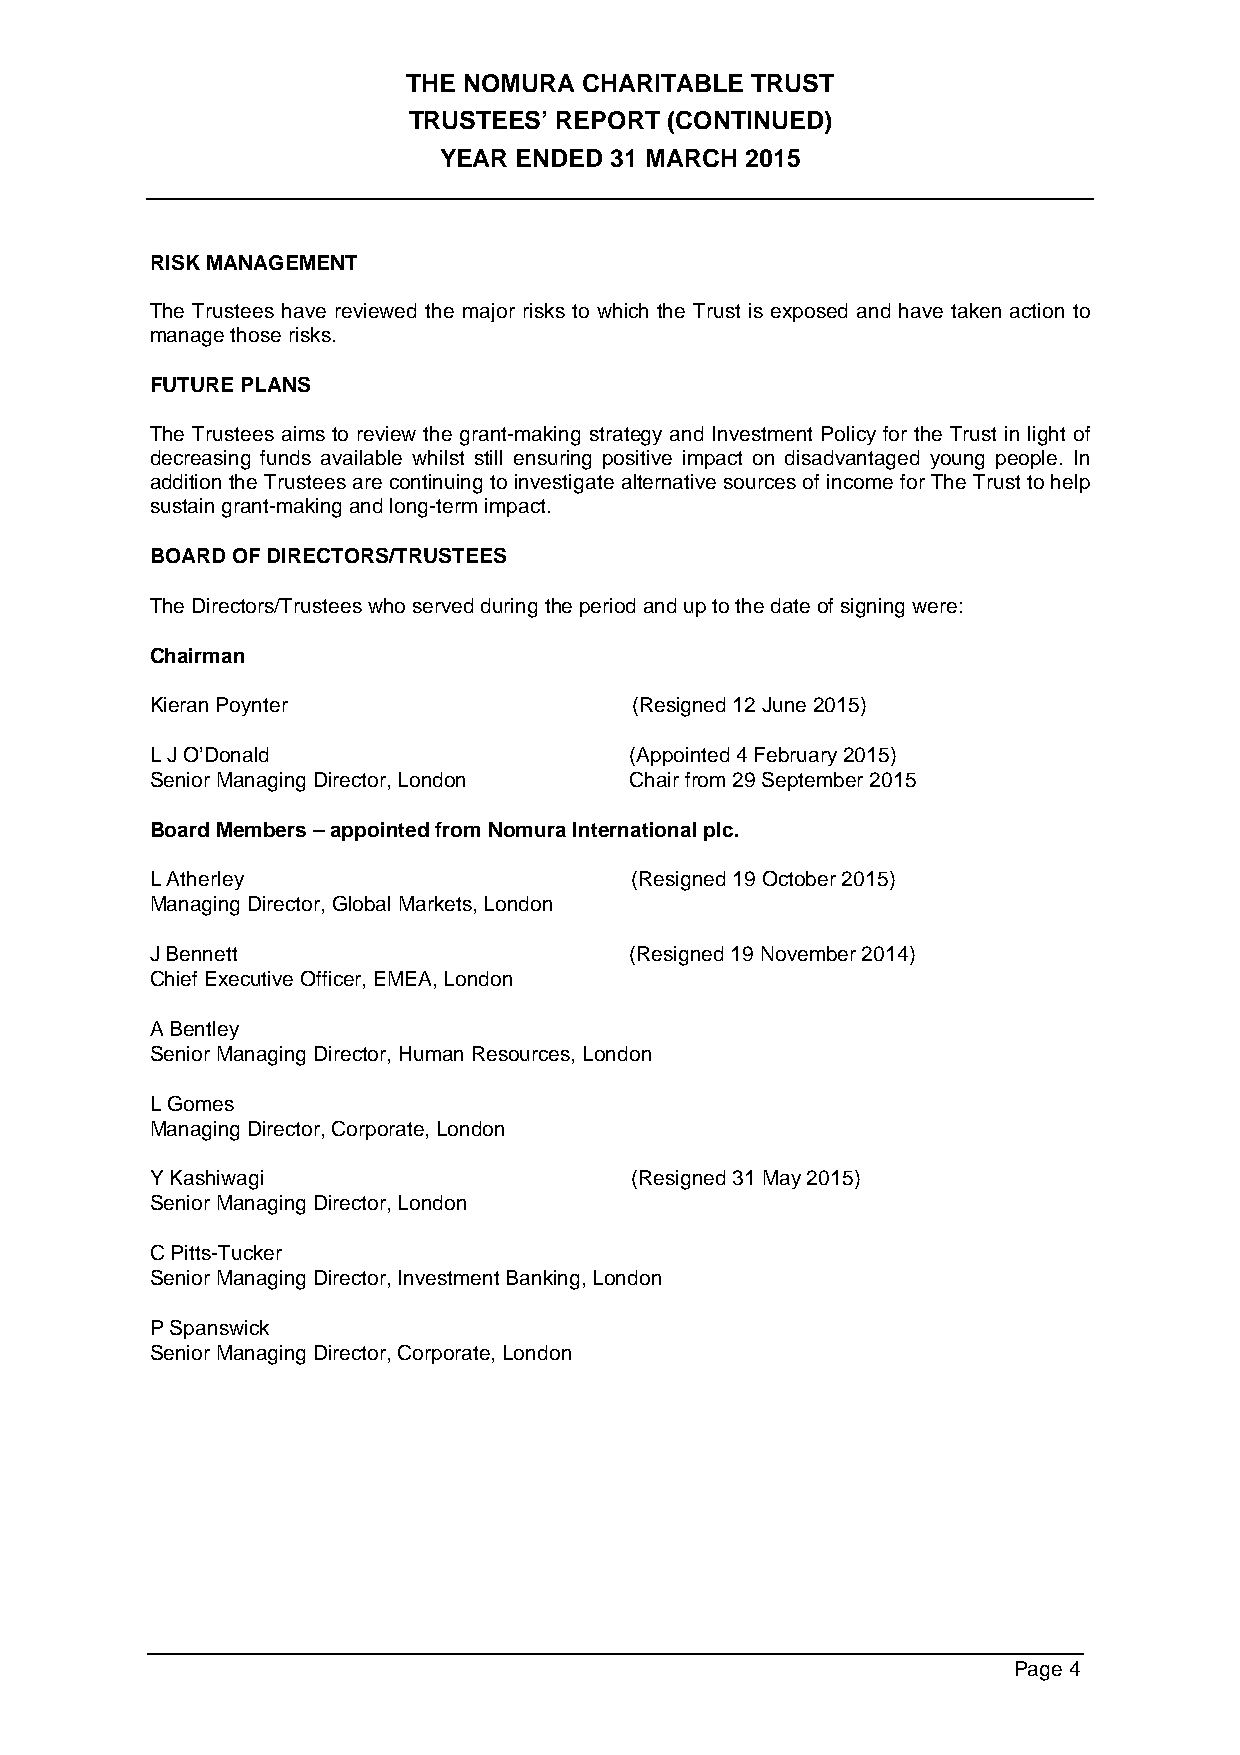
THE NOMURA  CHARITABLE TRUST
 TRUSTEES’ REPORT (CONTINUED)
 YEAR ENDED 31 MARCH 2015
 RISK MANAGEMENT
 The Trustees have reviewed the major risks to which the Trust is exposed and have taken action to
 manage those risks.
 FUTURE PLANS
 The Trustees aims to review the grant-making strategy and Investment Policy for the Trust in light of
 decreasing funds available whilst still ensuring positive impact on disadvantaged young people. In
 addition the Trustees are continuing to investigate alternative sources of income for The Trust to help
 sustain grant-making and long-term impact.
 BOARD OF DIRECTORS/TRUSTEES
 The Directors/Trustees who served during the period and up to the date of signing were:
 Chairman
 Kieran Poynter                  (Resigned 12 June 2015)
 L J O’Donald                    (Appointed 4 February 2015)
 Senior Managing Director, London Chair from 29 September 2015
 Board Members – appointed from Nomura International plc.
 L Atherley                      (Resigned 19 October 2015)
 Managing Director, Global Markets, London
 J Bennett                       (Resigned 19 November 2014)
 Chief Executive Officer, EMEA, London
 A Bentley
 Senior Managing Director, Human Resources, London
 L Gomes
 Managing Director, Corporate, London
 Y Kashiwagi                     (Resigned 31 May 2015)
 Senior Managing Director, London
 C Pitts-Tucker
 Senior Managing Director, Investment Banking, London
 P Spanswick
 Senior Managing Director, Corporate, London
 Page 4